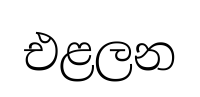
එළලන